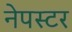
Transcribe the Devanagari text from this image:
नेपस्टर